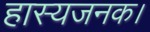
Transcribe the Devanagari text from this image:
हास्यजनक।